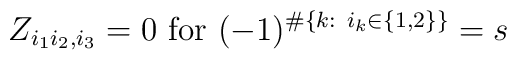
Z_{i_1i_2,i_3}=0 \mbox{ for } (-1)^{\#\{k:\ i_k\in\{1,2\}\}}=s